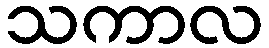
သကာလ